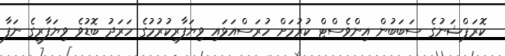
ކޮރަޕްޝަނުގެ ސަބަބުން އިންވެސްޓް ކުރުމަށް ހުރަސްއަޅައި ވިޔަފާރިކުރުމުގެ ހަރަދު ބޮޑުވެ ވިޔަފާރީގެ ނަފާ